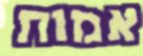
אמות